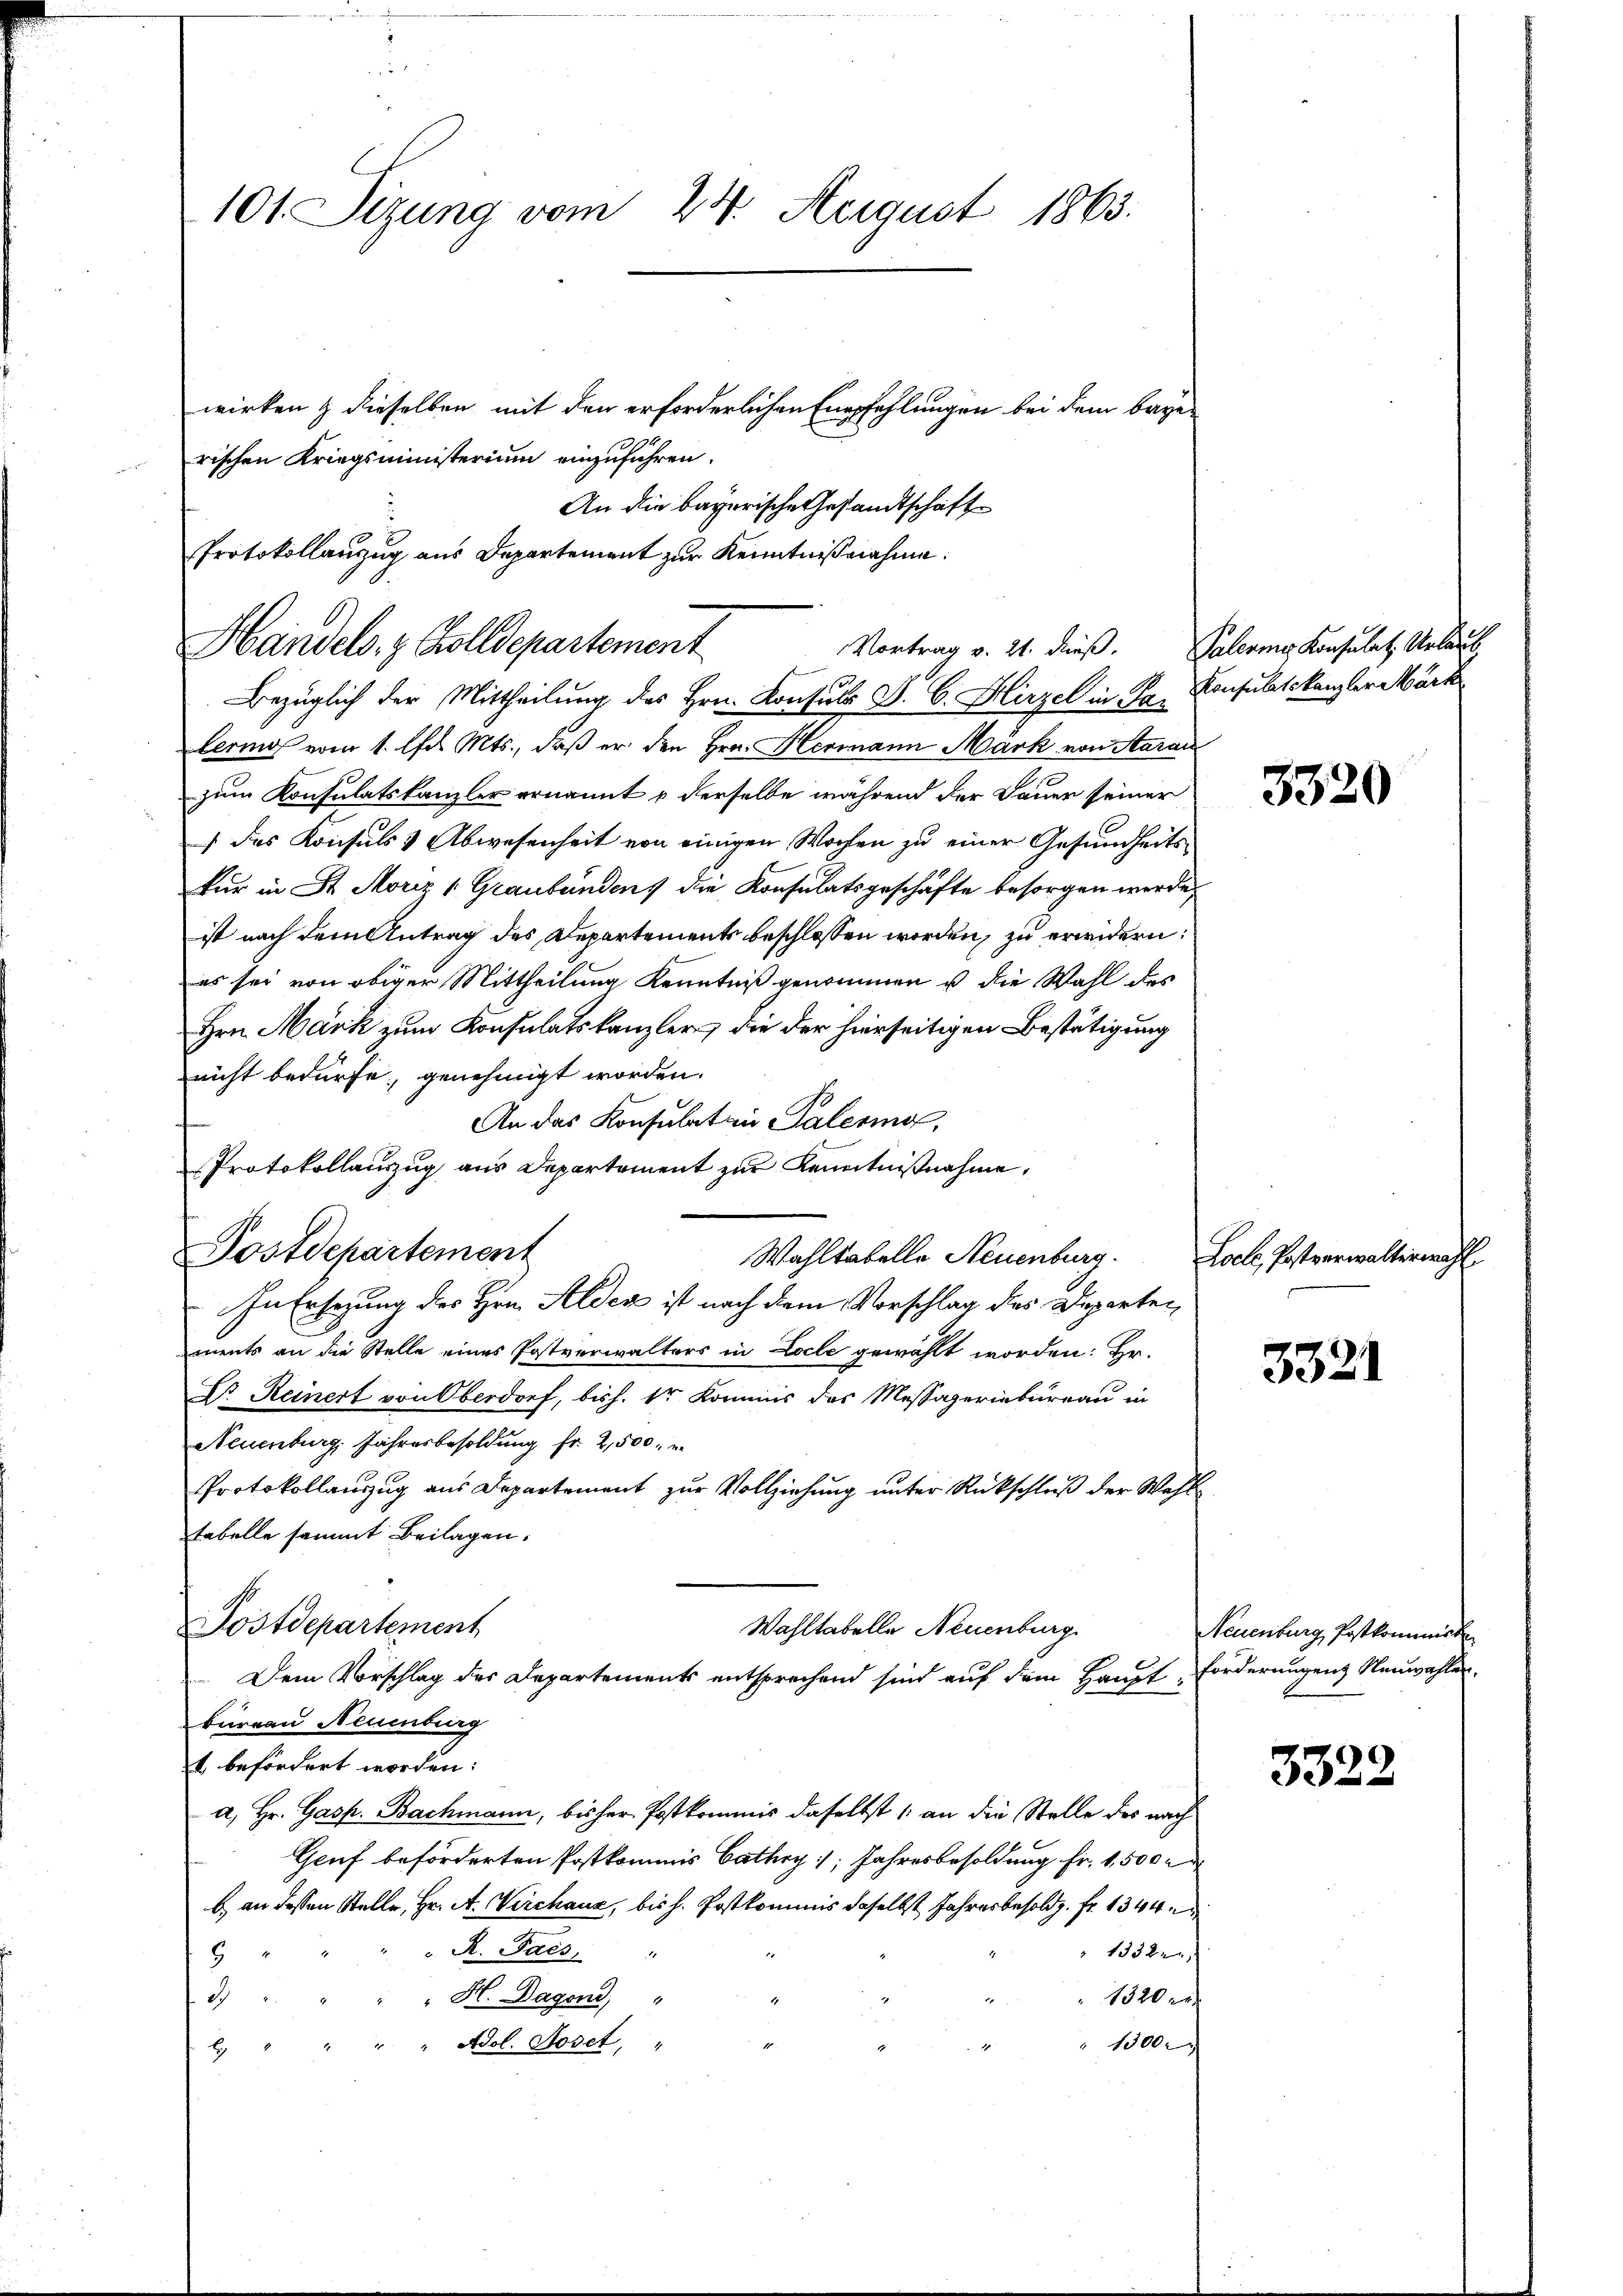
Protokollanzug aus Departement zur Kenntniβnahme:
Handels. z. Zolldepartement

101. Sizung vom 24. August 1863.

wirken & dieselben mit den erforderlichen Empfehlungen bei dem bayer
rischen Kriegsministerium einzuführen.
An die bayerische Gesandtschaft
Bezüglich der Mittheilung des Hrn. Consuls P. C. Hirzel in Fr. Konsulatskanzler Märk
lerie vom 1. d. Mts., daß er den Hrn. Hermann Mark von Aarau
zum Konsulatskanzler ernannt & derselbe während der Dauer seiner
 das Konsuls & Abwesenheit von einigen Wochen zu einer Gesundheitskur in St. Moriz 1 Graubünden, die Konsulatsgeschäfte besorgen werde,
ist nach dem Antrag des Departements beschlossen worden, zu erwidern:
es sei von obiger Mittheilung Kenntniß genommen u die Wahl des
Hrn. Mark zum Konsulatskanzler die der hierseitigen Bestätigung
nicht bedürfe, genehmigt worden.
An das Konsulator Palermo,
Protokollauszug aus Departement zur Kenntnißnahme,
Postdepartement
Wahltabelle Neuenburg.
In Ersezung des Hrn. Alden ist nach dem Vorschlag des Departen
ments an die Stelle eines Postverwalters in Locle gewählt worden: Er-
Dr. Reinert von Oberdorf, bish. 1r Kommis des Messaperinbureau in
Neuenburg, Jahresbesoldung fr. 2,500. r
Protokollanzug aus Departement zur Vollziehung unter Rückschluß der Wahl
tabelle sammt Beilagen.
Postdepartement
Wahltabelle Neuenburg
 Dem Vorschlag des Departements entsprechend sind auf dem Haupt-Forderungen Neuwahlen¬
Bareau Neuenburg
t befördert worden:
a. Hr. Gasp. Bachmann, bisher Postkommis daselbst /: an die Stelle des nach
Geuf beförderten Postkommis Cathry; Jahresbesoldung Fr. 1,500 r
b) an dessen Stelle, Hr. A. Verchaus, bis H. Postkommis daselbst Jahresbesoldz. Fr. 1344.
R. Pacs, "
13522
9
) " " " " H. Dagen, "
1320
1000
. " " " " Adol. Hoset, "

Vortrag v. 21. dieß. Palerie Konsulat. Urlaub

Locke, Postverwalternah

3320

332

Neuenburg, Postkommis

3322